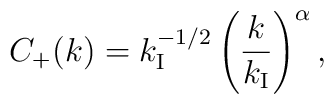
C_+(k)=k_{\rm I}^{-1/2}\left(\frac{k}{k_{\rm I}}\right)^\alpha,